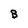
Character: B